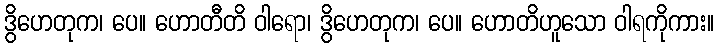
ဒွိဟေတုက၊ ပေ။ ဟောတီတိ ဝါရော၊ ဒွိဟေတုက၊ ပေ။ ဟောတိဟူသော ဝါရကိုကား။